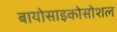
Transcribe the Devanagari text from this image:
बायोसाइकोसोशल